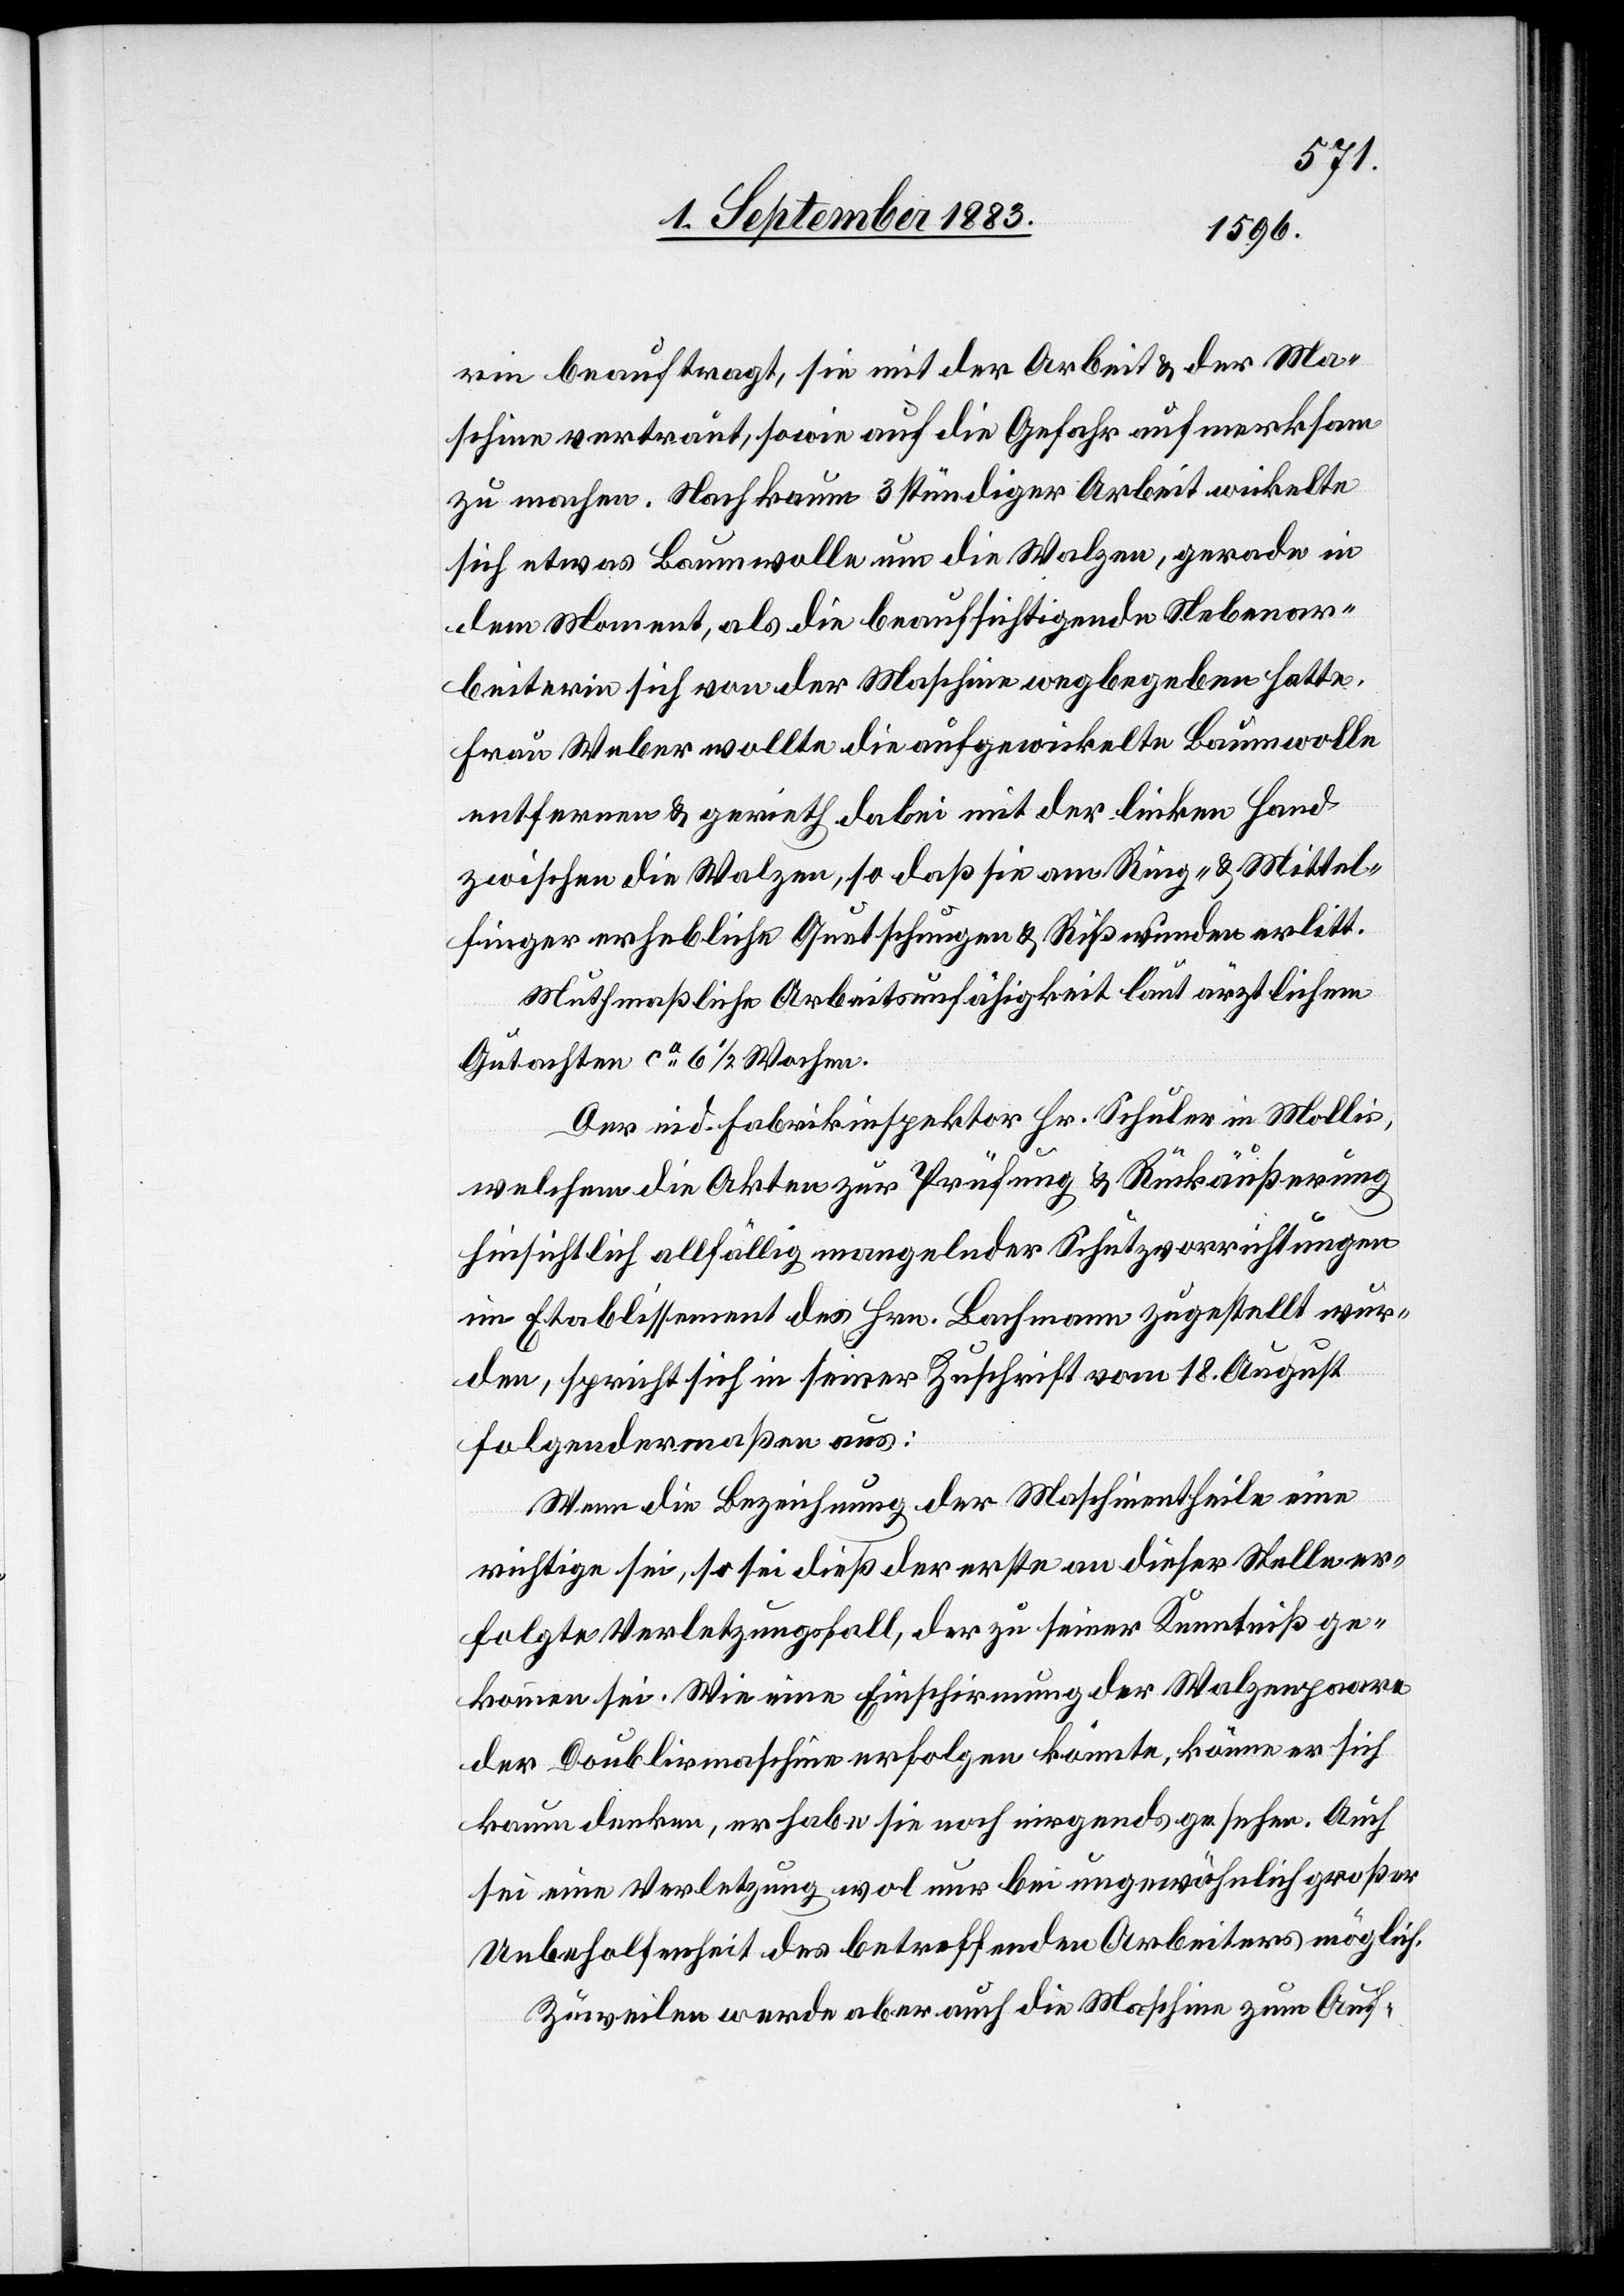
rin beauftragt, sie mit der Arbeit & der Ma¬
schine vertraut, sowie auf die Gefahr aufmerksam
zu machen. Nach kaum 3 stündiger Arbeit wickelte
sich etwas Baumwolle um die Walzen, gerade in
dem Moment, als die beaufsichtigende Nebenar¬
beiterin sich von der Maschine wegbegeben hatte.
Frau Weber wolle die aufgewickelte Baumwolle
entfernen & gerieth dabei mit der linken Hand
zwischen die Walzen, so daß sie an Ring- & Mittel¬
finger erhebliche Quetschungen & Rißwunden erlitt.
Muthmaßliche Arbeitsunfähigkeit laut ärztlichem
Gutachten ca 6 1/2 Wochen.
Der eid Fabrikinspektor Hr. Schuler in Mollis,
welchem die Akten zur Prüfung & Rückäußerung
hinsichtlich allfällig mangelnder Schutzvorrichtungen
im Etablissement des Hrn. Bachmann zugestellt wur¬
den, spricht sich in seiner Zuschrift vom 18. August
folgendermaßen aus:
Wenn die Bezeichnung der Maschinentheile eine
richtige sei, so sei dieß der erste an dieser Stelle er¬
folgte Verletzungsfall, der zu seiner Kenntniß ge¬
kommen sei. Wie eine Einschirmung der Walzenpaare
der Doublirmaschine erfolgen könnte, könne er sich
kaum denken, er habe sie noch nirgends gesehen. Auch
sei eine Verletzung wol nur bei ungewöhnlich großer
Unbeholfenheit des betreffenden Arbeiters möglich.
Zuweilen werde aber auch die Maschine zum Auf-